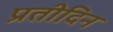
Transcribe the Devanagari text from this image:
प्रतीदिन